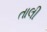
તાલી